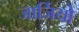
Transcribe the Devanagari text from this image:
जार्जियो